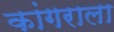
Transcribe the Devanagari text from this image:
कांगराला